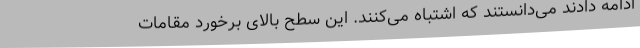
ادامه دادند می‌دانستند که اشتباه می‌کنند. این سطح بالای برخورد مقامات